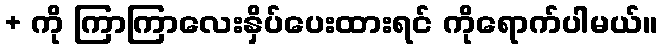
+ ကို ကြာကြာလေးနှိပ်ပေးထားရင် ကိုရောက်ပါမယ်။